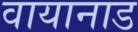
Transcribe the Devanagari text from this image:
वायानाड